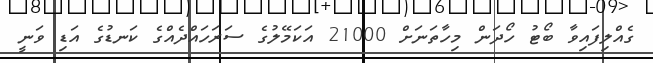
ގެއްލިފައިވާ ބޯޓު ހޯދަން މިހާތަނަށް 21000 އަކަމޭލުގެ ސަރަހައްދެއްގެ ކަނޑުގެ އަޑި ވަނީ